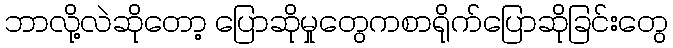
ဘာလို့လဲဆိုတော့ ပြောဆိုမှုတွေကစာရိုက်ပြောဆိုခြင်းတွေ